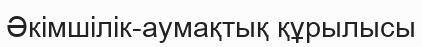
Әкімшілік-аумақтық құрылысы